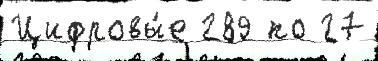
Цифровы́е 289 по 27